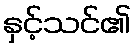
နှင့်သင်၏